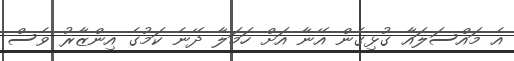
އެ މައްސަލައާ ގުޅިގެން އޭނާ އަށް ހަމަލާ ދޭނެ ކަމުގެ އިންޒާރު ވެސް